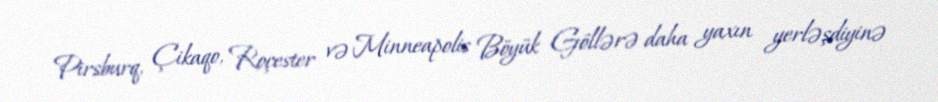
Pirsburq, Çikaqo, Roçester və Minneapolis Böyük Göllərə daha yaxın yerləşdiyinə